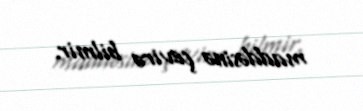
maddəsinə çevirə bilmir.